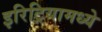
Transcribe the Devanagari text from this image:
इरिट्रियामध्ये